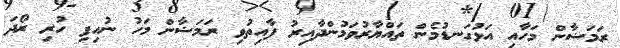
ރަމަޟާން މަހާއި އަޅުގަނޑުމެން ތައްޔާރުވަމުންދާއިރު ފާއިތުވި ރަމަޟާން މަހު ނުހިފި ހުރި ރޯދަ